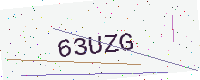
Text: 63UZG